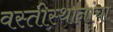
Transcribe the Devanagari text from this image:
वस्तीस्थानांचा